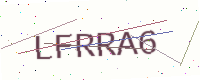
Text: LFRRA6